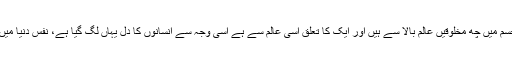
اسی طرح ہمارے جسم میں چھ مخلوقیں عالم بالا سے ہیں اور ایک کا تعلق اسی عالم سے ہے اسی وجہ سے انسانوں کا دل یہاں لگ گیا ہے، نفس دنیا میں لگا کر رکھتا ہے ۔